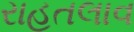
રાહતલાવ